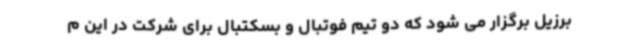
برزیل برگزار می شود که دو تیم فوتبال و بسکتبال برای شرکت در این م